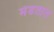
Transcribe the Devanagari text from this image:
मंडतात